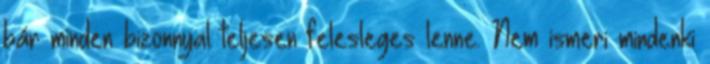
bár minden bizonnyal teljesen felesleges lenne. Nem ismeri mindenki